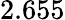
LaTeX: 2.655